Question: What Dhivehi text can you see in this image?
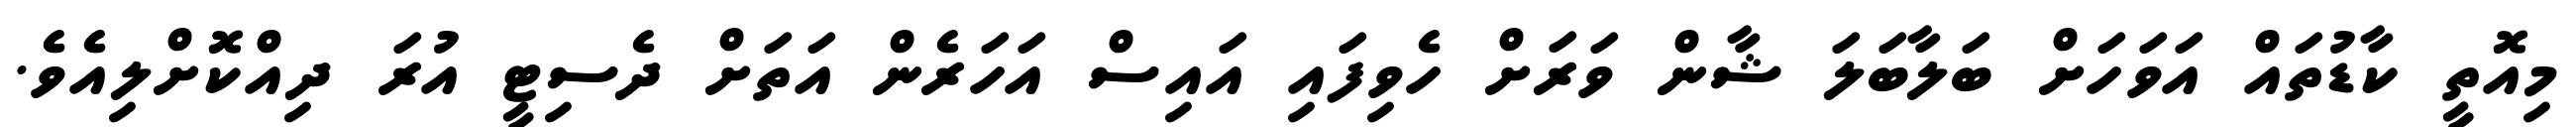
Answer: މިއޮތީ ކާޑުތައް އަވަހަށް ބަލާބަލަ ޝާން ވަރަށް ހެވިފައި އައިސް އަހަރެން އަތަށް ދެސިޓީ އުރަ ދިއްކޮށްލިއެވެ.